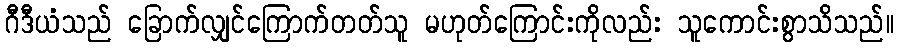
ဂီဒီယံသည် ခြောက်လျှင်ကြောက်တတ်သူ မဟုတ်ကြောင်းကိုလည်း သူကောင်းစွာသိသည်။